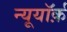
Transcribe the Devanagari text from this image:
न्यूयॉर्क़